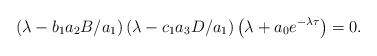
\begin{align*}\left(\lambda-b_1 a_2 B/a_1\right)\left(\lambda-c_1 a_3 D/a_1\right)\left(\lambda+a_{0} e^{-\lambda\tau}\right)=0.\end{align*}